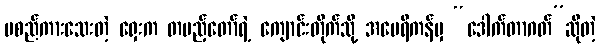
မစည်ကားသေးတဲ့ ရှေးက တပည့်တော်ရဲ့ ကျောင်းတိုက်သို့ အမေရိကန်မှ “ဒေါက်တာဂတ်”ဆိုတဲ့